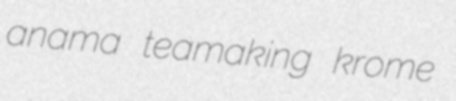
anama teamaking krome